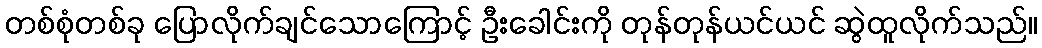
တစ်စုံတစ်ခု ပြောလိုက်ချင်သောကြောင့် ဦးခေါင်းကို တုန်တုန်ယင်ယင် ဆွဲထူလိုက်သည်။